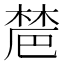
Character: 𣗡